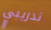
تدريبي